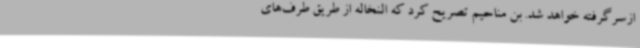
ازسرگرفته خواهد شد. بن مناحیم تصریح کرد که النخاله از طریق طرف‌های